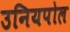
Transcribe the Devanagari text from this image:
उनियपोल